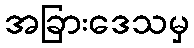
အခြားဒေသမှ